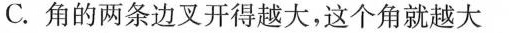
C.角的两条边叉开得越大，这个角就越大